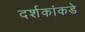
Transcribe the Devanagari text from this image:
दर्शकांकडे